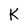
Character: K